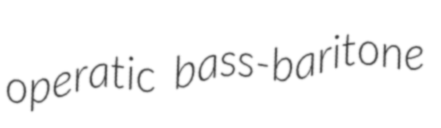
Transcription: operatic bass-baritone